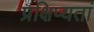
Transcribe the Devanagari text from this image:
प्रक्षिप्यतां